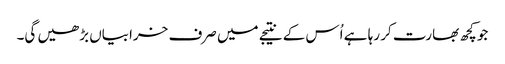
جو کچھ بھارت کر رہا ہے اُس کے نتیجے میں صرف خرابیاں بڑھیں گی۔